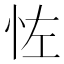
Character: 𪫦